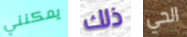
يمكنني ذلك الحي